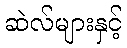
ဆဲလ်များနှင့်